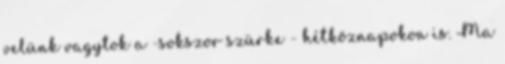
velünk vagytok a -sokszor szürke - hétköznapokon is. Ma